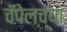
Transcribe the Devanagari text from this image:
चॅपेलच्या